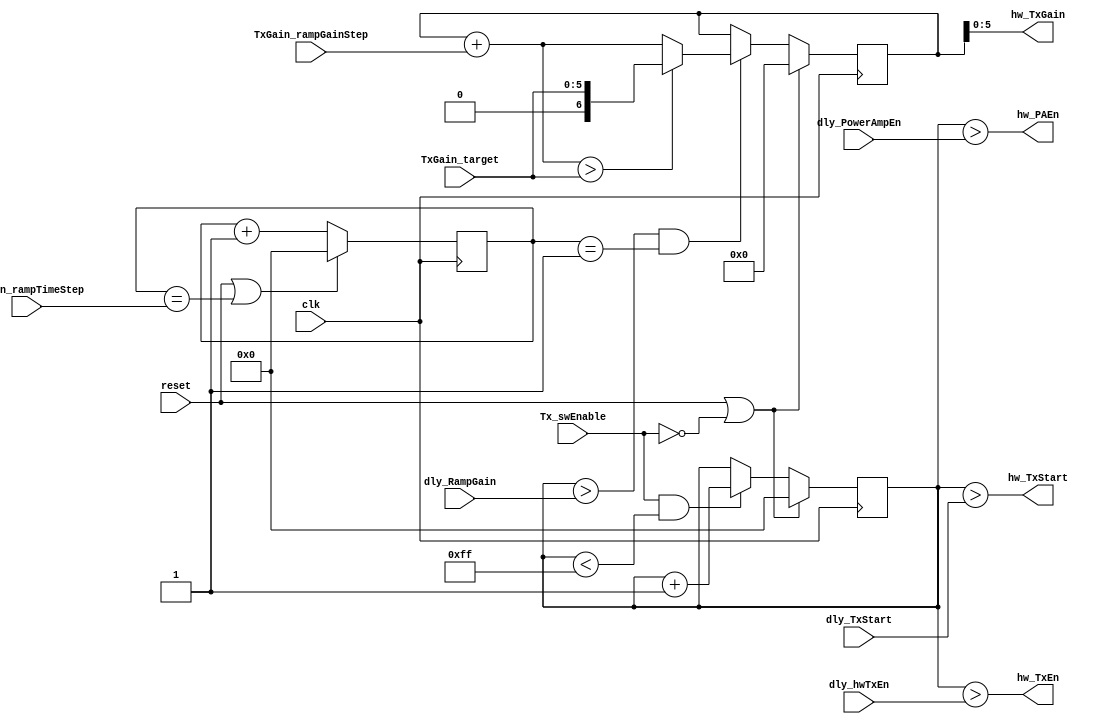
module radio_controller_TxTiming
(
	clk,
	reset,
	
	Tx_swEnable,
	
	TxGain_target,
	TxGain_rampGainStep,
	TxGain_rampTimeStep,
	
	dly_hwTxEn,
	dly_TxStart,
	dly_PowerAmpEn,
	dly_RampGain,
	
	hw_TxEn,
	hw_TxGain,
	hw_PAEn,
	hw_TxStart
);

	input			clk;
	input			reset;
	
	input			Tx_swEnable;
	input	[0:5]	TxGain_target;
	input	[0:3]	TxGain_rampGainStep;
	input	[0:3]	TxGain_rampTimeStep;
	
	input	[0:7]	dly_hwTxEn;
	input	[0:7]	dly_TxStart;
	input	[0:7]	dly_PowerAmpEn;
	input	[0:7]	dly_RampGain;

	output			hw_TxEn;
	output			hw_TxStart;
	output			hw_PAEn;
	output	[0:5]	hw_TxGain;

	reg		[0:7]	GainRamp_clockEn_counter;
	reg		[0:7]	timing_counter;

	wire 	[0:6]	NewTxGain;
	reg  	[0:6]	TxGainBig;
	
	wire AutoGainRampEn;


	//The output gain signal is the output of an accumulator, enabled after dly_RampGain clock cycles
	//This signal is the input to the accumulator register. TxGainBig has one extra MSB to ease overflow detection
	assign NewTxGain = ( (TxGainBig + TxGain_rampGainStep) > TxGain_target) ? TxGain_target : (TxGainBig + TxGain_rampGainStep);

	//The hw_TxGain output, which eventually connects to the radio's parallel gain control bus,
	//get the 6 LSB of the internal accumulator value
	assign hw_TxGain = TxGainBig[1:6];

	//Enable the outputs when the timing counter has excedded the various control
	//thresholds given by the dly_* inputs
	assign hw_TxEn = timing_counter > dly_hwTxEn;
	assign hw_PAEn = timing_counter > dly_PowerAmpEn;
	assign hw_TxStart = timing_counter > dly_TxStart;

	//Enable the gain ramp accumulator after the given delay
	assign AutoGainRampEn = timing_counter > dly_RampGain;

	//Instiantiates a counter which runs once the timing counter exceeds the threshold
	//for starting the ramping of Tx gains; the counter increments every TxGain_rampTimeStep cycles
	always @( posedge clk )
	begin
		if(reset | ~Tx_swEnable)
			TxGainBig <= 0;
		else if( AutoGainRampEn & (GainRamp_clockEn_counter==1))
			TxGainBig <= NewTxGain;
	end

	//Instantiate a counter star starts when the software enables Tx mode
	always @( posedge clk )
	begin
		if(reset | ~Tx_swEnable)
			timing_counter <= 0;
		else if(Tx_swEnable & timing_counter < 255)
			timing_counter <= timing_counter + 1;
	end

	//Instantiate a counter used to drive the clock enable of the gain ramp counter above
	always @( posedge clk )
	begin
		if(reset | GainRamp_clockEn_counter == TxGain_rampTimeStep)
			GainRamp_clockEn_counter <= 0;
		else
			GainRamp_clockEn_counter <= GainRamp_clockEn_counter + 1;
	end
endmodule